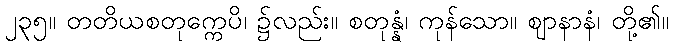
၂၃၅။ တတိယစတုက္ကေပိ၊ ၌လည်း။ စတုန္နံ၊ ကုန်သော။ ဈာနာနံ၊ တို့၏။